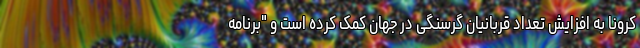
کرونا به افزایش تعداد قربانیان گرسنگی در جهان کمک کرده است و "برنامه